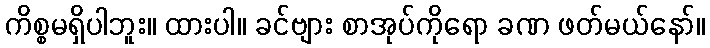
ကိစ္စမရှိပါဘူး။ ထားပါ။ ခင်ဗျား စာအုပ်ကိုရော ခဏ ဖတ်မယ်နော်။